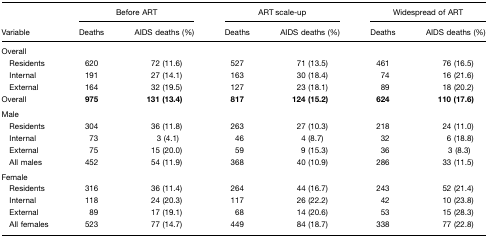
<table><thead><tr><td></td><td colspan="2"><b>Before ART</b></td><td colspan="2"><b>ART scale-up</b></td><td colspan="2"><b>Widespread of ART</b></td></tr><tr><td><b>Variable</b></td><td><b>Deaths</b></td><td><b>AIDS deaths (%)</b></td><td><b>Deaths</b></td><td><b>AIDS deaths (%)</b></td><td><b>Deaths</b></td><td><b>AIDS deaths (%)</b></td></tr></thead><tbody><tr><td>Overall</td><td></td><td></td><td></td><td></td><td></td><td></td></tr><tr><td> Residents</td><td>620</td><td>72 (11.6)</td><td>527</td><td>71 (13.5)</td><td>461</td><td>76 (16.5)</td></tr><tr><td> Internal</td><td>191</td><td>27 (14.1)</td><td>163</td><td>30 (18.4)</td><td>74</td><td>16 (21.6)</td></tr><tr><td> External</td><td>164</td><td>32 (19.5)</td><td>127</td><td>23 (18.1)</td><td>89</td><td>18 (20.2)</td></tr><tr><td>Overall</td><td><b>975</b></td><td><b>131 (13.4)</b></td><td><b>817</b></td><td><b>124 (15.2)</b></td><td><b>624</b></td><td><b>110 (17.6)</b></td></tr><tr><td>Male</td><td></td><td></td><td></td><td></td><td></td><td></td></tr><tr><td> Residents</td><td>304</td><td>36 (11.8)</td><td>263</td><td>27 (10.3)</td><td>218</td><td>24 (11.0)</td></tr><tr><td> Internal</td><td>73</td><td>3 (4.1)</td><td>46</td><td>4 (8.7)</td><td>32</td><td>6 (18.8)</td></tr><tr><td> External</td><td>75</td><td>15 (20.0)</td><td>59</td><td>9 (15.3)</td><td>36</td><td>3 (8.3)</td></tr><tr><td> All males</td><td>452</td><td>54 (11.9)</td><td>368</td><td>40 (10.9)</td><td>286</td><td>33 (11.5)</td></tr><tr><td>Female</td><td></td><td></td><td></td><td></td><td></td><td></td></tr><tr><td> Residents</td><td>316</td><td>36 (11.4)</td><td>264</td><td>44 (16.7)</td><td>243</td><td>52 (21.4)</td></tr><tr><td> Internal</td><td>118</td><td>24 (20.3)</td><td>117</td><td>26 (22.2)</td><td>42</td><td>10 (23.8)</td></tr><tr><td> External</td><td>89</td><td>17 (19.1)</td><td>68</td><td>14 (20.6)</td><td>53</td><td>15 (28.3)</td></tr><tr><td> All females</td><td>523</td><td>77 (14.7)</td><td>449</td><td>84 (18.7)</td><td>338</td><td>77 (22.8)</td></tr></tbody></table>